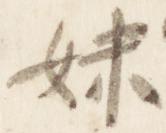
妹